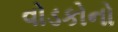
વોડકોનો